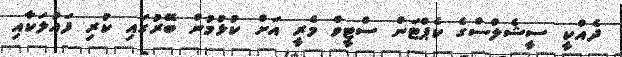
ދެއްކީ ސީޝެލްސްގެ ކެޕްޓަން ސްޓީވް މެރީ އަށް ކުޅުމުން ބޭރުގައި ކުރި ފައުލަކާއި